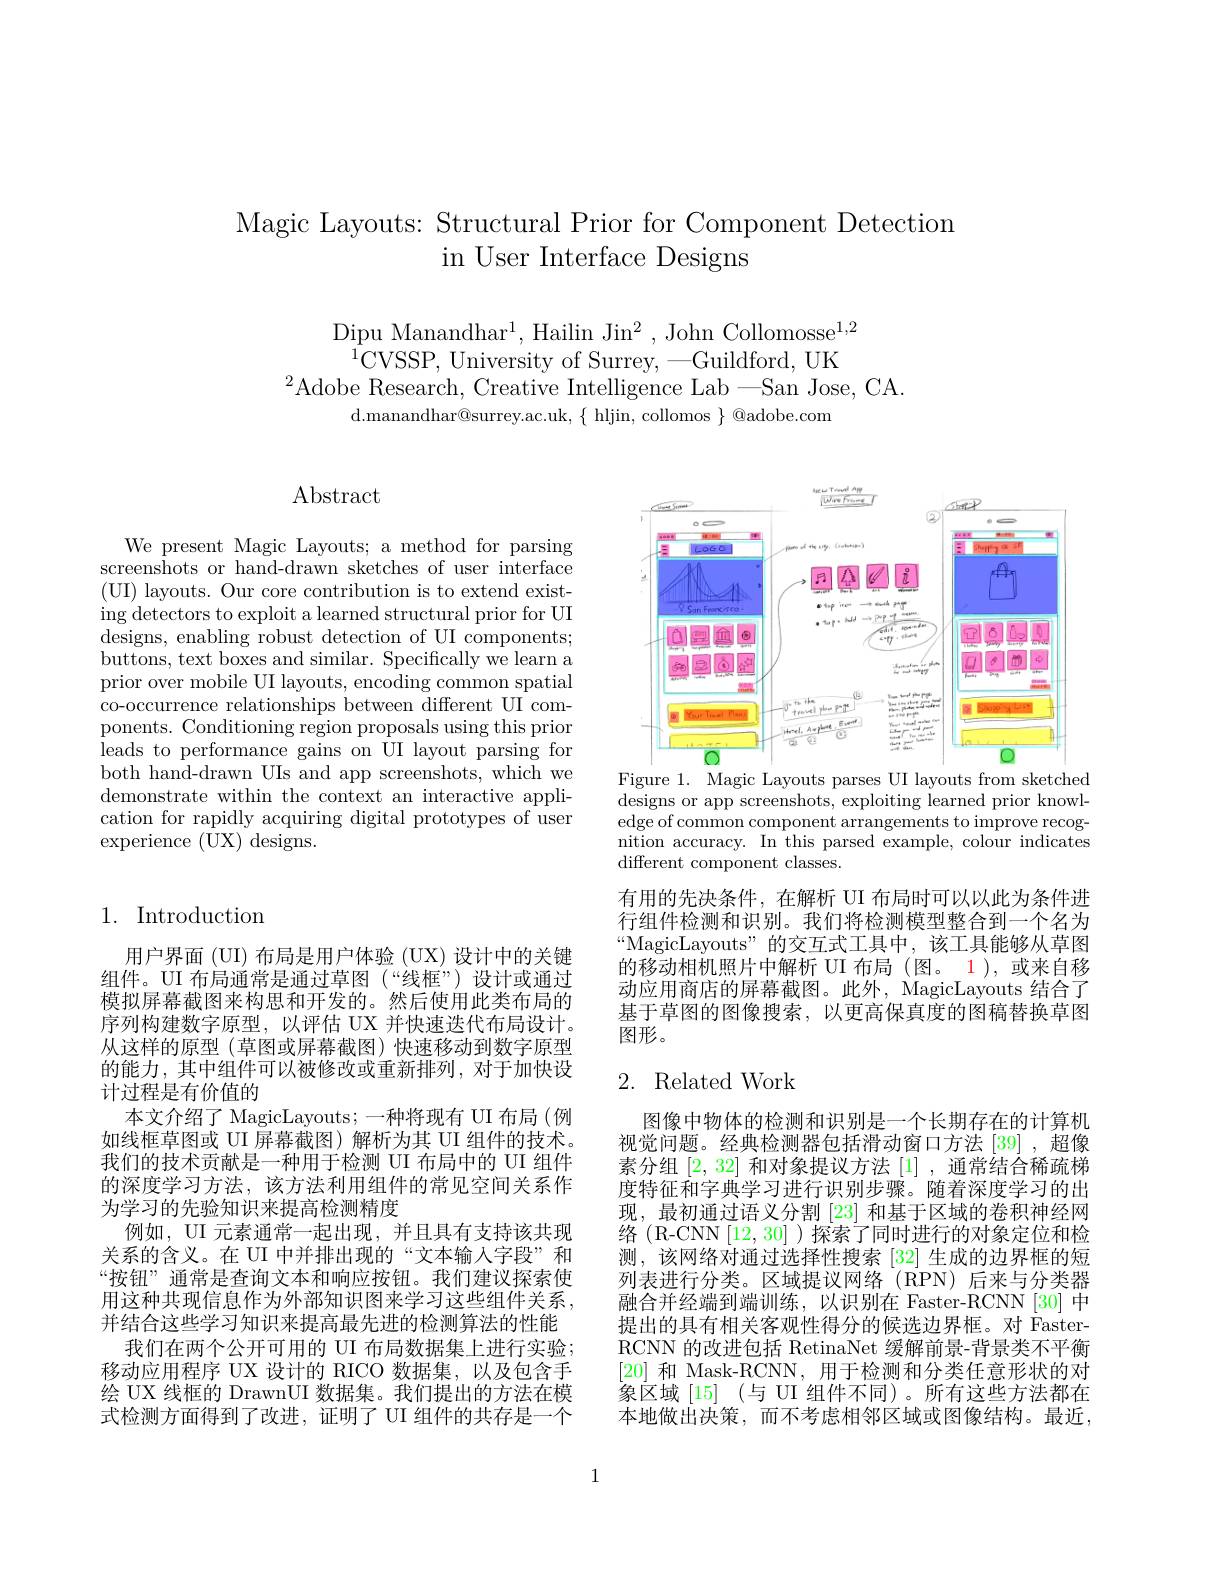
Magic Layouts: Structural Prior for Component Detection
in User Interface Designs

$\mathop{\text{Dipu Manandhar}^1,\text{Hailin Jin}^2,\text{John Collomosse}^{1,2}}$
$^{\mathrm{~}}{^{1}}$CVSSP, University of Surrey, -Guildford, UK
$^2$Adobe Research, Creative Intelligence Lab -San Jose, CA.
d.manandhar@surrey.ac.uk,$\{$ hljin, collomos $\}$ @adobe.com

# $\operatorname{Abstract}$

We present Magic Layouts; a method for parsing screenshots or hand-drawn sketches of user interface ( UI) layouts. Our core contribution is to extend exist- ing detectors to exploit a learned structural prior for UI designs, enabling robust detection of UI components; buttons, text boxes and similar. Specifically we learn a prior over mobile UI layouts, encoding common spatial co-occurrence relationships between different UI components. Conditioning region proposals using this prior leads to performance gains on UI layout parsing for both hand-drawn UIs and app screenshots, which we demonstrate within the context an interactive application for rapidly acquiring digital prototypes of user experience (UX) designs.

## 1. Introduction

用户界面 (UI) 布局是用户体验 (UX) 设计中的关键组件。UI 布局通常是通过草图(“线框”)设计或通过模拟屏幕截图来构思和开发的。然后使用此类布局的序列构建数字原型，以评估 UX 并快速迭代布局设计。从这样的原型(草图或屏幕截图)快速移动到数字原型的能力，其中组件可以被修改或重新排列，对于加快设计过程是有价值的
本文介绍了 MagicLayouts; 一种将现有 UI 布局(例如线框草图或 UI 屏幕截图)解析为其 UI 组件的技术。我们的技术贡献是一种用于检测 UI 布局中的 UI 组件的深度学习方法，该方法利用组件的常见空间关系作为学习的先验知识来提高检测精度
例如，UI 元素通常一起出现，并且具有支持该共现关系的含义。在 UI 中并排出现的“文本输人字段”和“按钮” 通常是查询文本和响应按钮。我们建议探索使用这种共现信息作为外部知识图来学习这些组件关系， 并结合这些学习知识来提高最先进的检测算法的性能
我们在两个公开可用的 UI 布局数据集上进行实验； 移动应用程序 UX 设计的 RICO 数据集，以及包含手绘 UX 线框的 DrawnUI 数据集。我们提出的方法在模式检测方面得到了改进，证明了 UI 组件的共存是一个

<FigureHere>

Figure 1. Magic Layouts parses UI layouts from sketched $\bar{\text{designs or app screenshots, exploiting learned prior knowl-}}$ edge of common component arrangements to improve recog- $\bar{\text{nition accuracy. In this parsed example, colour indicates}}$ different component classes.

有用的先决条件，在解析 UI 布局时可以以此为条件进行组件检测和识别。我们将检测模型整合到一个名为$“$MagicLayouts”的交互式工具中，该工具能够从草图的移动相机照片中解析 UI 布局 (图。1),或来自移动应用商店的屏幕截图。此外，MagicLayouts 结合了基于草图的图像搜索，以更高保真度的图稿替换草图图形。

## 2. Related Work

图像中物体的检测和识别是一个长期存在的计算机视觉问题。经典检测器包括滑动窗口方法 [39] ,超像素分组[2,32]和对象提议方法[1],通常结合稀疏梯度特征和字典学习进行识别步骤。随着深度学习的出现，最初通过语义分割[23] 和基于区域的卷积神经网络(R-CNN[12,30])探索了同时进行的对象定位和检测，该网络对通过选择性搜索 [32] 生成的边界框的短列表进行分类。区域提议网络(RPN)后来与分类器融合并经端到端训练，以识别在 Faster-RCNN [30]中提出的具有相关客观性得分的候选边界框。对 FasterRCNN 的改进包括 RetinaNet 缓解前景-背景类不平衡[20]和 Mask-RCNN, 用于检测和分类任意形状的对象区域[15] (与 UI 组件不同)。所有这些方法都在本地做出决策，而不考虑相邻区域或图像结构。最近，

1